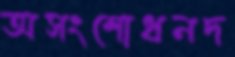
অসংশোধনদ